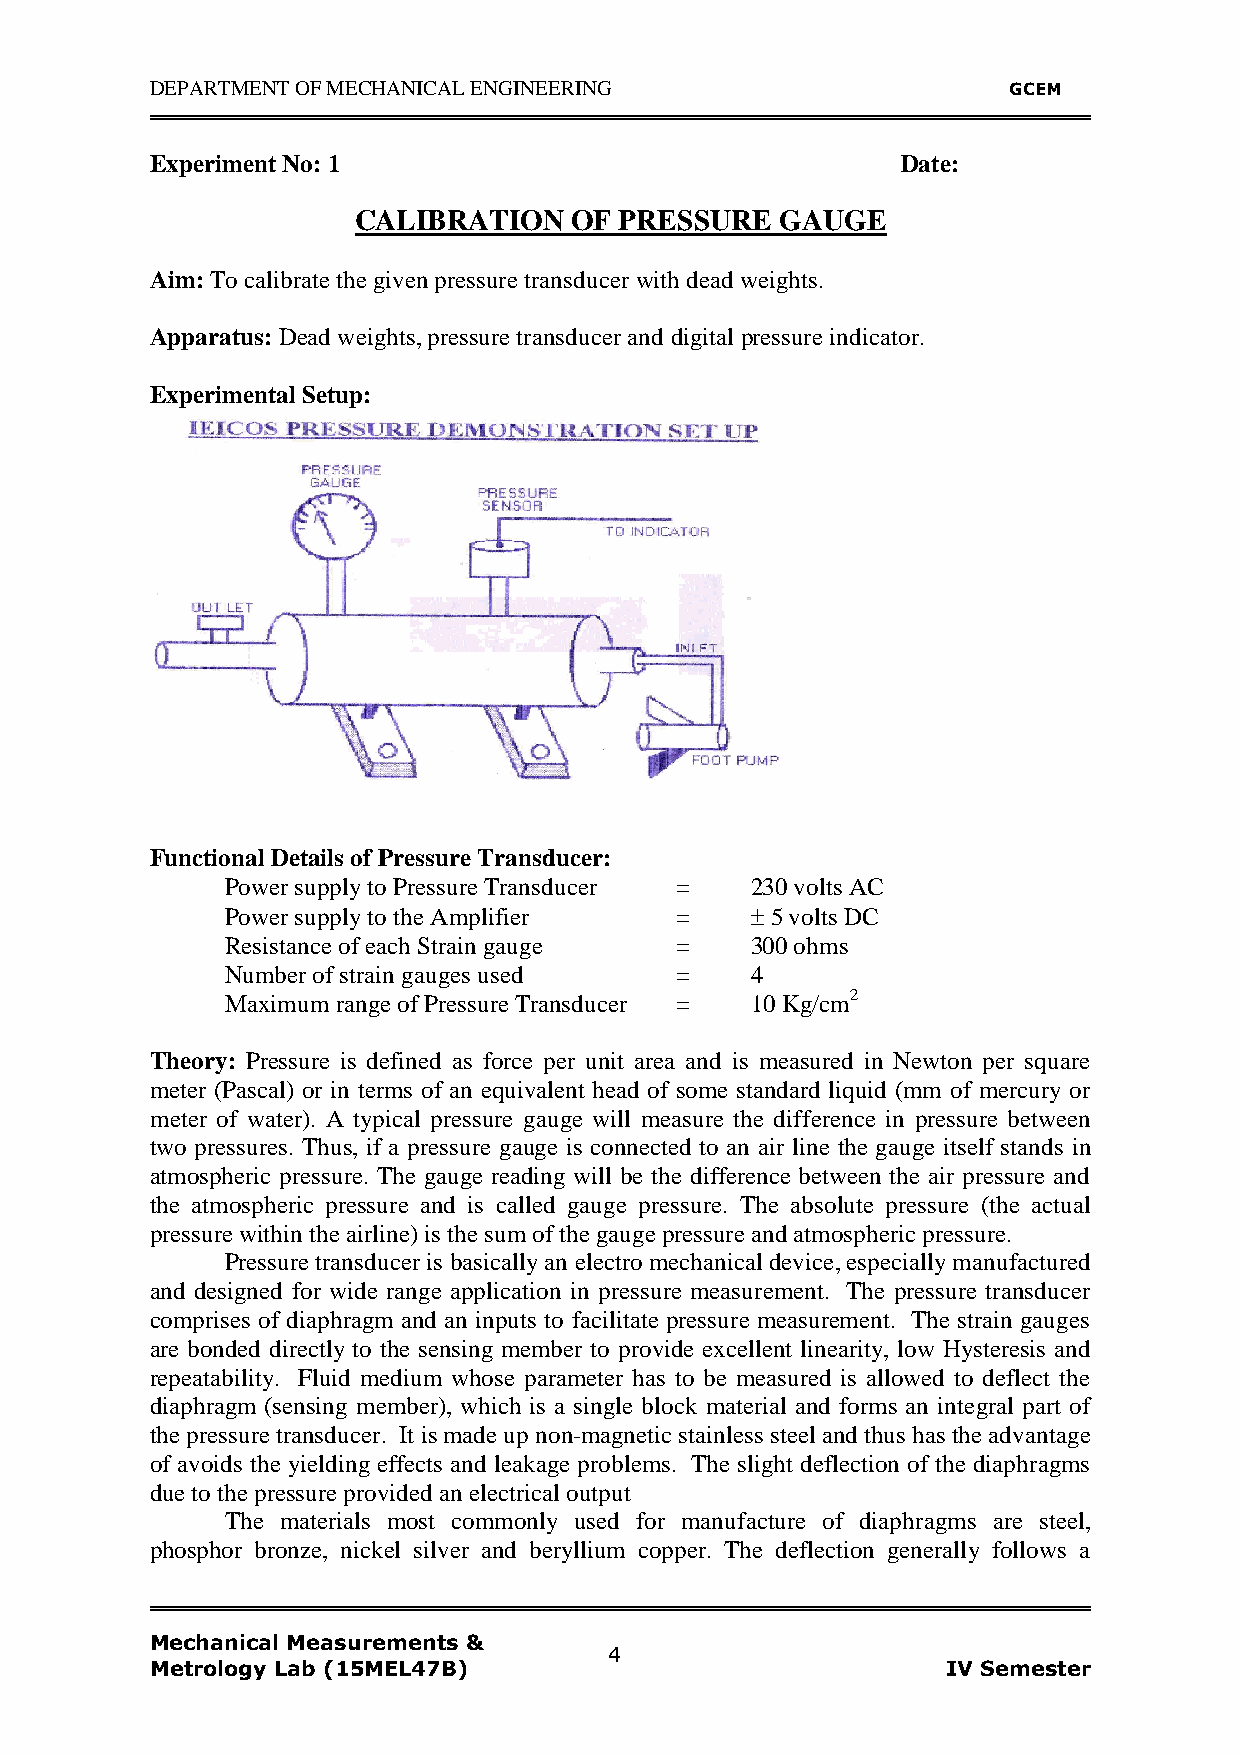
DEPARTMENT OF MECHANICAL ENGINEERING                     GCEM
 Experiment No: 1                                  Date:
 CALIBRATION    OF PRESSURE   GAUGE
 Aim: To calibrate the given pressure transducer with dead weights.
 Apparatus: Dead weights, pressure transducer and digital pressure indicator.
 Experimental Setup:
 Functional Details of Pressure Transducer:
 Power supply to Pressure Transducer = 230 volts AC
 Power supply to the Amplifier =     5 volts DC
 Resistance of each Strain gauge =  300 ohms
 Number of strain gauges used  =    4
 Maximum range of Pressure Transducer = 10 Kg/cm2
 Theory: Pressure is defined as force per unit area and is measured in Newton per square
 meter (Pascal) or in terms of an equivalent head of some standard liquid (mm of mercury or
 meter of water). A typical pressure gauge will measure the difference in pressure between
 two pressures. Thus, if a pressure gauge is connected to an air line the gauge itself stands in
 atmospheric pressure. The gauge reading will be the difference between the air pressure and
 the atmospheric pressure and is called gauge pressure. The absolute pressure (the actual
 pressure within the airline) is the sum of the gauge pressure and atmospheric pressure.
 Pressure transducer is basically an electro mechanical device, especially manufactured
 and designed for wide range application in pressure measurement. The pressure transducer
 comprises of diaphragm and an inputs to facilitate pressure measurement. The strain gauges
 are bonded directly to the sensing member to provide excellent linearity, low Hysteresis and
 repeatability. Fluid medium whose parameter has to be measured is allowed to deflect the
 diaphragm (sensing member), which is a single block material and forms an integral part of
 the pressure transducer. It is made up non-magnetic stainless steel and thus has the advantage
 of avoids the yielding effects and leakage problems. The slight deflection of the diaphragms
 due to the pressure provided an electrical output
 The materials most commonly used for manufacture of diaphragms are steel,
 phosphor bronze, nickel silver and beryllium copper. The deflection generally follows a
 Mechanical Measurements &
 4
 Metrology Lab (15MEL47B)                             IV Semester